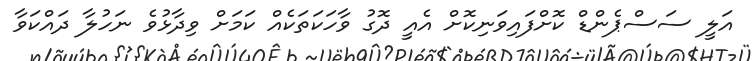
އަލީ ސަސްޕެންޑް ކޮށްފައިވަނިކޮށް އެއީ ދޮގު ވާހަކަތަކެއް ކަމަށް ވިދާޅުވެ ނަހުލާ ދައްކަވާ